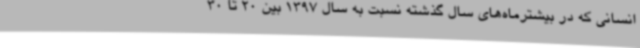
انسانی که در بیشترماه‌های سال گذشته نسبت به سال 1397 بین 20 تا 30